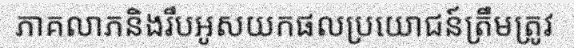
ភាគលាភនិងរឹបអូសយកផលប្រយោជន៍ត្រឹមត្រូវ